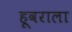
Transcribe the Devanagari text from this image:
हूवराला